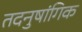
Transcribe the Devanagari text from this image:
तदनुषांगिक